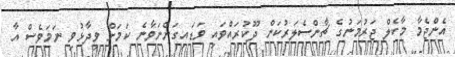
އެންޖެމާ މާކެލް ޖަރުމަނުގެ ޗާންސެލަރުކަން ދޫކުރައްވައި ވަޑައިގަންނަވާނެ ކަމަށް ވިދާޅުވި ނަމަވެސް އާ